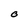
Character: O